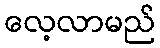
လေ့လာမည်